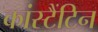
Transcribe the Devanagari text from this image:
कांस्टैंटिन